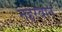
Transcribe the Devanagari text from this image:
नहरवान